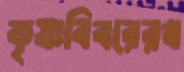
কৃষ্ণবিবরেরখ